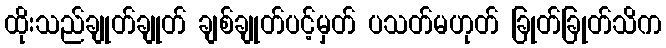
ထိုးသည်ချုတ်ချုတ် ချစ်ချုတ်ပင့်မှတ် ပသတ်မဟုတ် ခြုတ်ခြုတ်သိက